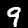
Label: 9